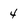
Character: 4